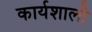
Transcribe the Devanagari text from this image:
कार्यशाली